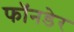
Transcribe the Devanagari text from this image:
फॉनडेर